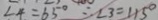
\angle 4 = 6 5 ^ { \circ } \therefore \angle 3 = 1 1 5 ^ { \circ }